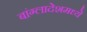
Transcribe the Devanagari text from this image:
बांग्लादेशमध्ये